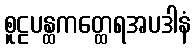
စူဠပန္ထကတ္ထေရအပဒါနံ